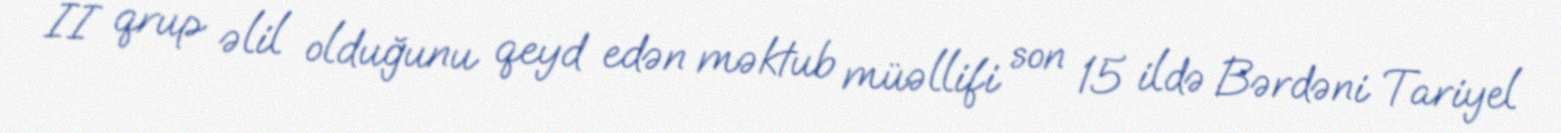
II qrup əlil olduğunu qeyd edən məktub müəllifi son 15 ildə Bərdəni Tariyel